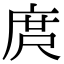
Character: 庹